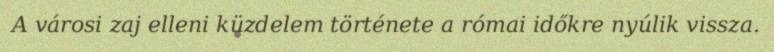
A városi zaj elleni küzdelem története a római időkre nyúlik vissza.